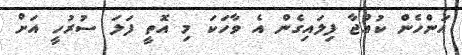
އަންހެން ކުއްޖާ ފިލައިގެން އެ ވާހަކަ މި އޮތީ ފަލަ ސުރުހީ އަށް